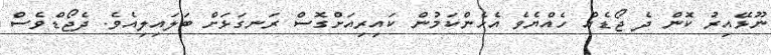
ނޫޅޭއިރު ކޮން ދެ ޖޯޑެއް ހެއްޔެވެ އެހެންކަމުން ކައިރިއަށްގޮސް ރަނގަޅަށް ބަލައިލިއެވެ. ދެޖޯޑްވެސް